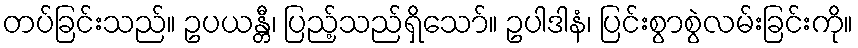
တပ်ခြင်းသည်။ ဥပယန္တီ၊ ပြည့်သည်ရှိသော်။ ဥပါဒါနံ၊ ပြင်းစွာစွဲလမ်းခြင်းကို။